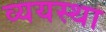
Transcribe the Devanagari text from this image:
व्ययस्था